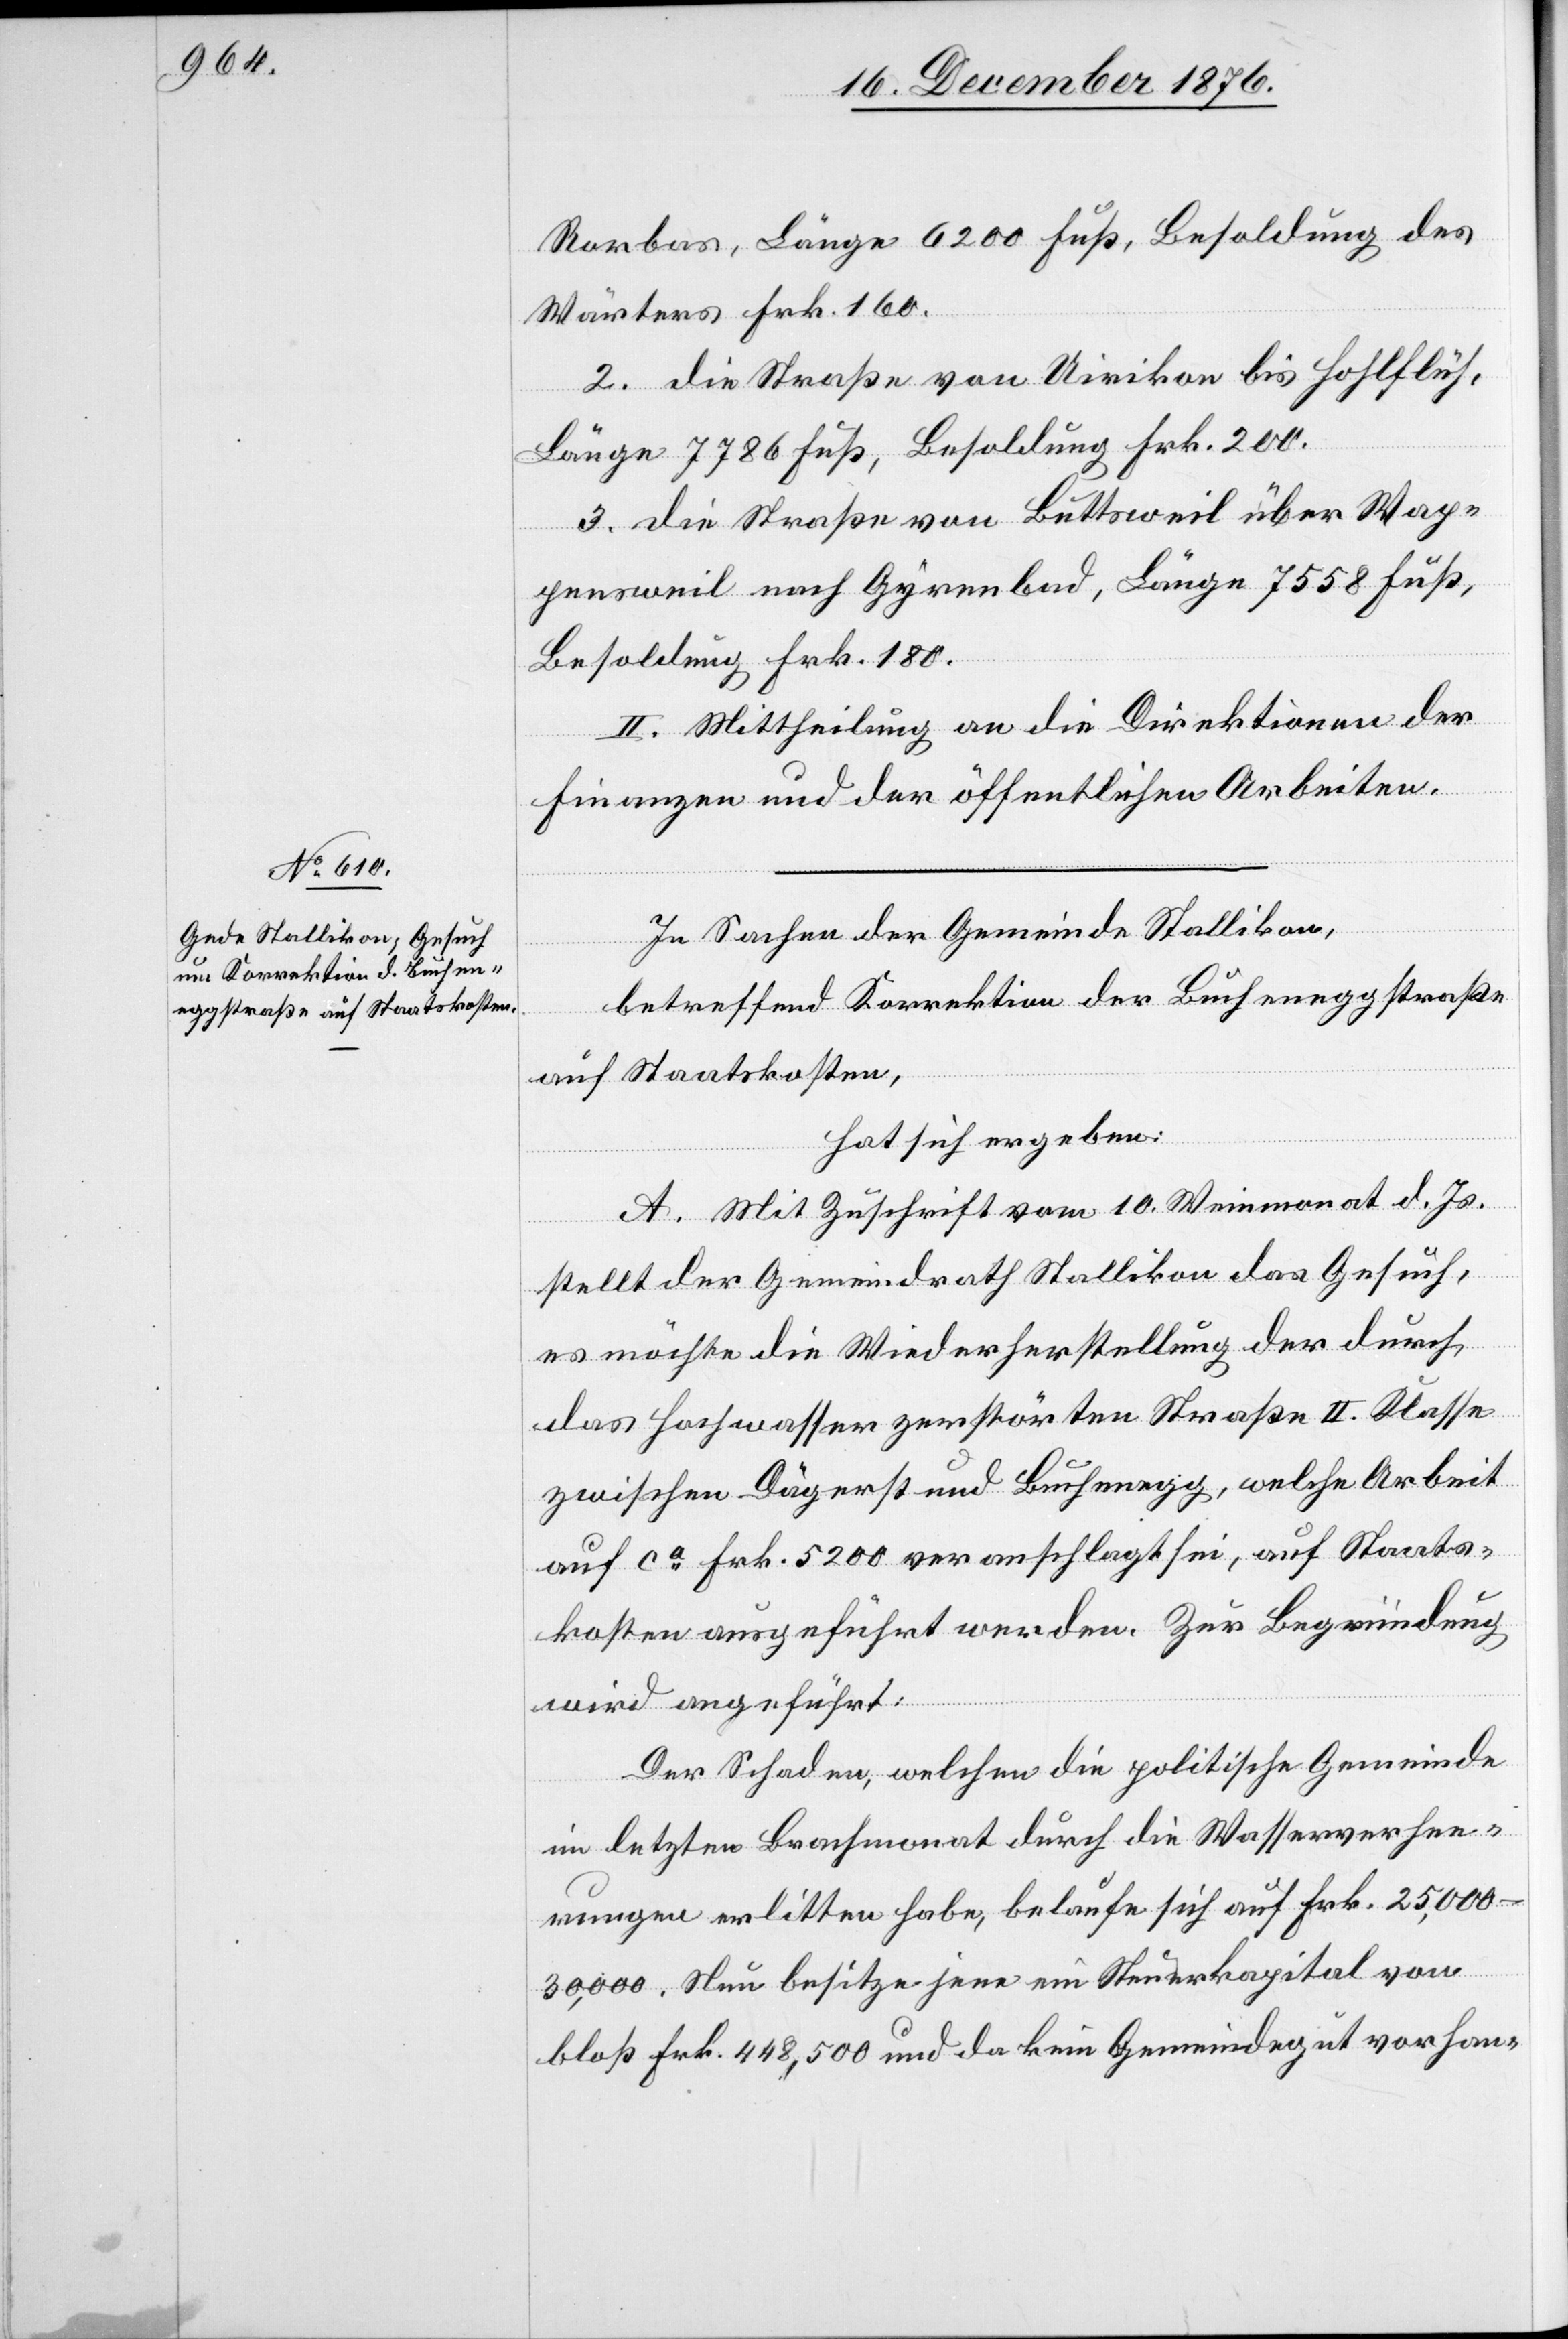
Rorbas, Länge 6200 Fuß, Besoldung des
Wärters Frk. 160.
2. die Straße von Uitikon bis Hohlflüh,
Länge 7786 Fuß, Besoldung Frk. 200.
3. die Straße von Buttsweil [re¬
pensweil nach Gyrenbad, Länge 7558 Fuß,
Besoldung Frk. 180.
II. Mittheilung an die Direktion der
Finanzen und der öffentlichen Arbeiten.
In Sachen der Gemeinde Stallikon,
betreffend Korrektion der Bucheneggstraße
auf Staatskosten,
hat sich ergeben:
A. Mit Zuschrift vom 10. Weinmonat d. Js.
von
stellt der Gemeindrath Stallikon das Gesuch,
es möchte die Wiederherstellung der durch
das Hochwasser zerstörten Straße II. Klasse
zwischen Dägerst und Buchenegg, welche Arbeit
auf ca Frk. 5200 veranschlagt sei, auf Staats¬
kosten ausgeführt werden. Zur Begründung
wird angeführt:
Der Schaden, welchen die politische Gemeinde
im letzten Brachmonat durch die Wasserverhee¬
rungen erlitten habe, belaufe sich auf Frk. 25,000–30,000.
bloß Frk. 448,500 und da kein Gemeindegut vorhan-